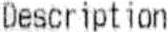
DESCRIPTION